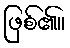
ဖြစ်၏။